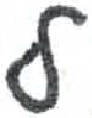
אות: ל